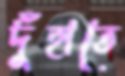
দুঁহাতে